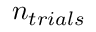
n _ { t r i a l s }